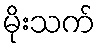
မိုးသက်